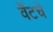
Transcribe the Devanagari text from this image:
वॅटचे